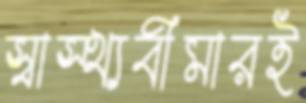
স্বাস্থ্যবীমারই